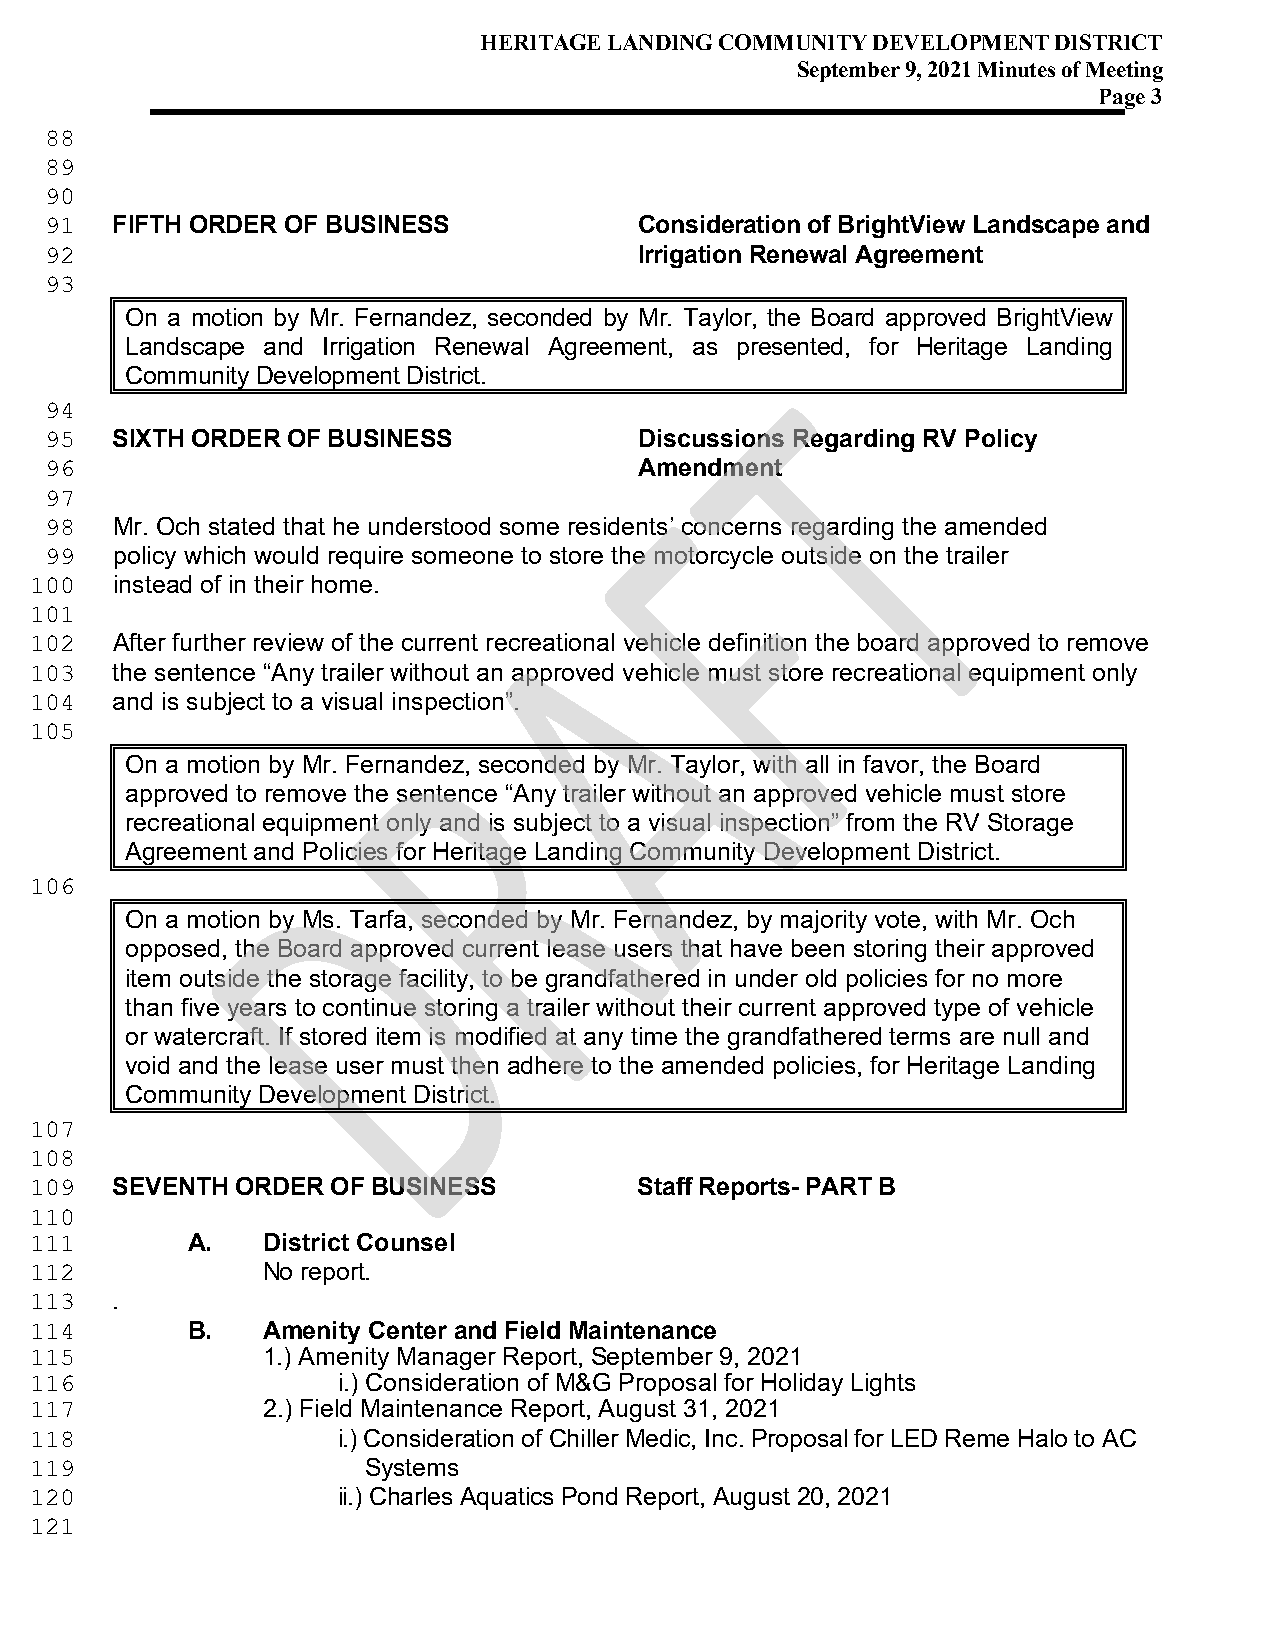
HERITAGE LANDING COMMUNITY DEVELOPMENT DISTRICT
 September 9, 2021 Minutes of Meeting
 Page 3
 88
 89
 90
 FIFTH ORDER OF BUSINESS            Consideration of BrightView Landscape and
 91
 Irrigation Renewal Agreement
 92
 93
 On a motion by Mr. Fernandez, seconded by Mr. Taylor, the Board approved BrightView
 Landscape and Irrigation Renewal Agreement, as presented, for Heritage Landing
 Community Development District.
 94
 SIXTH ORDER OF BUSINESS            Discussions Regarding RV Policy
 95
 Amendment
 96
 97
 Mr. Och stated that he understood some residents’ concerns regarding the amended
 98
 policy which would require someone to store the motorcycle outside on the trailer
 99
 instead of in their home.
 100
 101
 After further review of the current recreational vehicle definition the board approved to remove
 102
 the sentence “Any trailer without an approved vehicle must store recreational equipment only
 103
 and is subject to a visual inspection”.
 104
 105
 On a motion by Mr. Fernandez, seconded by Mr. Taylor, with all in favor, the Board
 approved to remove the sentence “Any trailer without an approved vehicle must store
 recreational equipment only and is subject to a visual inspection” from the RV Storage
 Agreement and Policies for Heritage Landing Community Development District.
 106
 On a motion by Ms. Tarfa, seconded by Mr. Fernandez, by majority vote, with Mr. Och
 opposed, the Board approved current lease users that have been storing their approved
 item outside the storage facility, to be grandfathered in under old policies for no more
 than five years to continue storing a trailer without their current approved type of vehicle
 or watercraft. If stored item is modified at any time the grandfathered terms are null and
 void and the lease user must then adhere to the amended policies, for Heritage Landing
 Community Development District.
 107
 108
 SEVENTH  ORDER OF BUSINESS         Staff Reports-PART B
 109
 110
 A.   District Counsel
 111
 No report.
 112
 .
 113
 B.   Amenity Center and Field Maintenance
 114
 1.) Amenity Manager Report, September 9, 2021
 115
 i.) Consideration of M&G Proposal for Holiday Lights
 116
 2.) Field Maintenance Report, August 31, 2021
 117
 i.) Consideration of Chiller Medic, Inc. Proposal for LED Reme Halo to AC
 118
 Systems
 119
 ii.) Charles Aquatics Pond Report, August 20, 2021
 120
 121